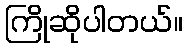
ကြိုဆိုပါတယ်။